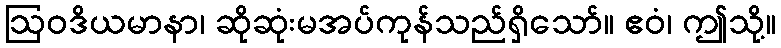
ဩဝဒိယမာနာ၊ ဆိုဆုံးမအပ်ကုန်သည်ရှိသော်။ ဧဝံ၊ ဤသို့။